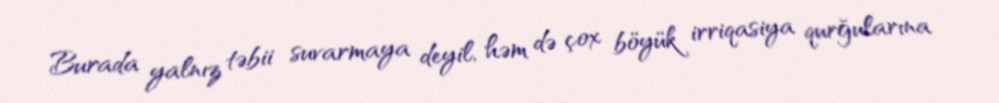
Burada yalnız təbii suvarmaya deyil, həm də çox böyük irriqasiya qurğularına